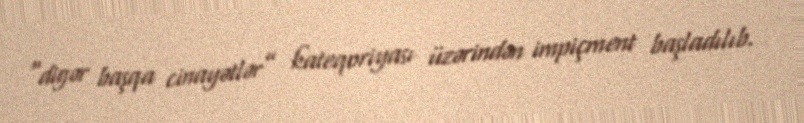
“digər başqa cinayətlər” kateqoriyası üzərindən impiçment başladılıb.